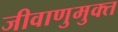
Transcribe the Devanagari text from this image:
जीवाणुमुक्त